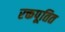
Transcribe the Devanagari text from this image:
रक्तपूतित